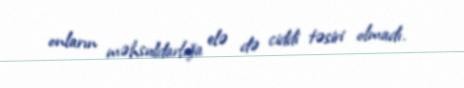
onların məhsuldarlığa elə də ciddi təsiri olmadı.